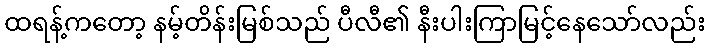
ထရန့်ကတော့ နမ့်တိန်းမြစ်သည် ပီလီ၏ နီးပါးကြာမြင့်နေသော်လည်း